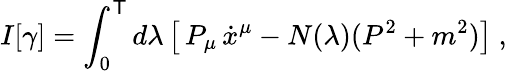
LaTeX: I[\gamma]=\int_{0}^{\mathsf{T}}d\lambda\left[\, P_{\mu}\, \dot{{x}}^{\mu}-N(\lambda)(P^{2}+m^{2})\right]\ ,